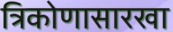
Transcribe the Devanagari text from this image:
त्रिकोणासारखा